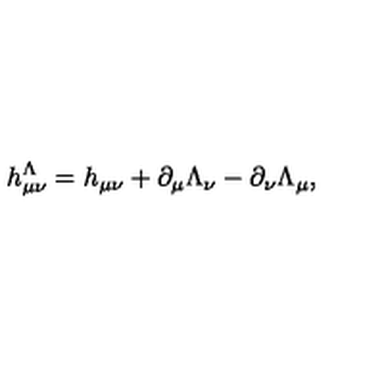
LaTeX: h _ { \mu \nu } ^ { \Lambda } = h _ { \mu \nu } + \partial _ { \mu } \Lambda _ { \nu } - \partial _ { \nu } \Lambda _ { \mu } ,